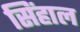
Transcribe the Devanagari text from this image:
सिंहाल